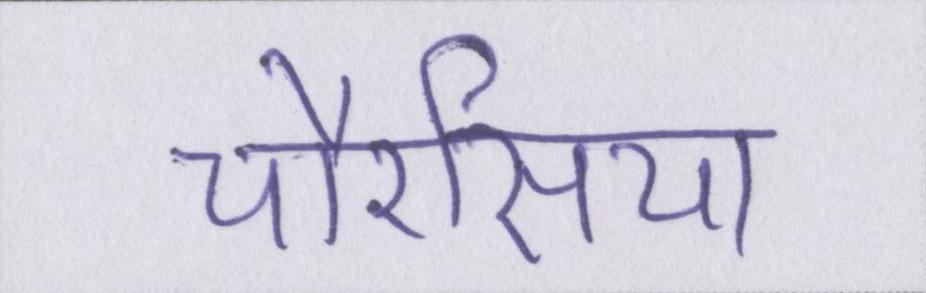
चौरसिया